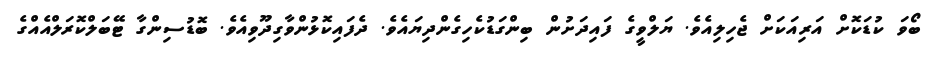
ބޯވަ ކުޑަކޮށް އަރިއަކަށް ޖެހިލިއެވެ. ޔަލްވީގެ ފައިދަށުން ބިންގަޑުކެހިގެންދިޔައެވެ. ދެފައިކޮޅުންވާގިދޫވިއެވެ. ބޮޑުސިންގާ ޓޭބަލްކޮރަލްއެއްގެ